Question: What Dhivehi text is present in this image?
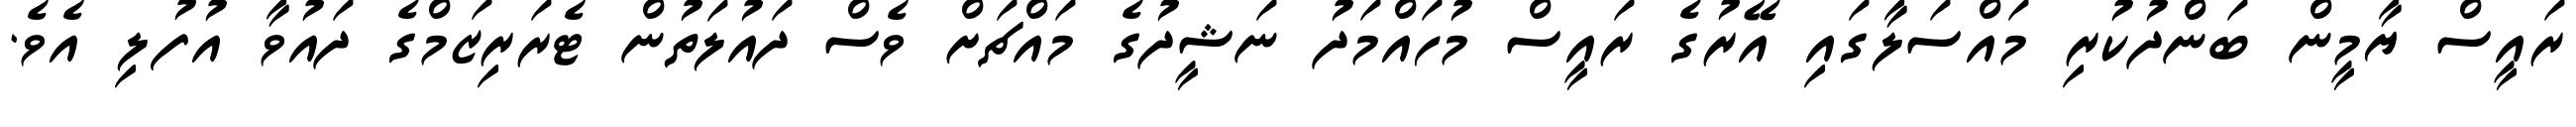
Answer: ރައީސް ޔާމީން ބަންދުކުރި މައްސަލާގައި އޭރުގެ ރައީސް މުހައްމަދު ނަޝީދުގެ މައްޗަށް ވެސް ދައުލަތުން ޓެރަރިޒަމްގެ ދައުވާ އުފުލި އެވެ.